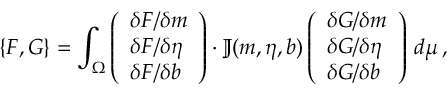
\{ F , G \} = \int _ { \Omega } \left( \begin{array} { l } { \delta F / \delta \boldsymbol { m } } \\ { \delta F / \delta \eta } \\ { \delta F / \delta b } \end{array} \right) \cdot \mathbb { J } ( \boldsymbol { m } , \eta , b ) \left( \begin{array} { l } { \delta G / \delta \boldsymbol { m } } \\ { \delta G / \delta \eta } \\ { \delta G / \delta b } \end{array} \right) \, d \mu \, ,